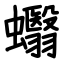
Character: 蠮